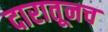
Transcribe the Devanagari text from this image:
दारातूनच